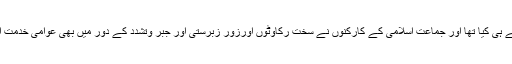
کراچی میں قر بانی کے جانوروں کی کھالیں جمع کر نے کا آغاز جماعت اسلامی نے ہی کیا تھا اور جماعت اسلامی کے کارکنوں نے سخت رکاوٹوں اورزور زبرستی اور جبر وتشدد کے دور میں بھی عوامی خدمت اور رضائے الٰہی کے حصول کے جذبے کے تحت قر بانی کی کھالیں جمع کی ہیں ۔